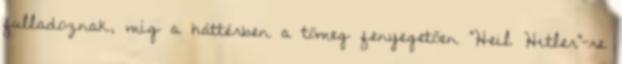
fulladoznak, míg a háttérben a tömeg fenyegetően "Heil Hitler"-re